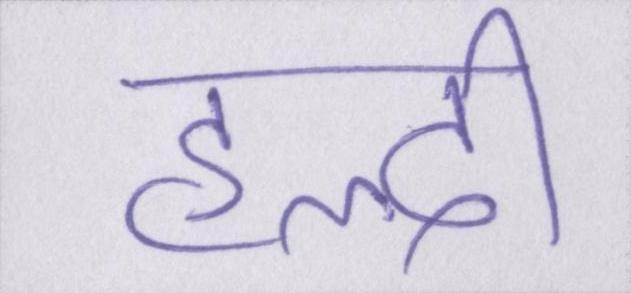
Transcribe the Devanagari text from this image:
हल्दी